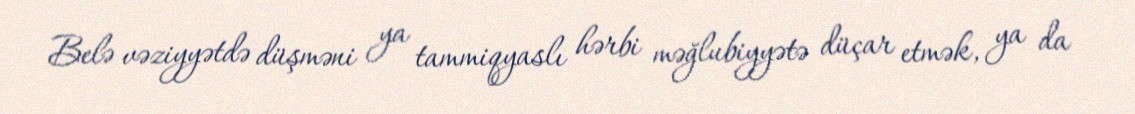
Belə vəziyyətdə düşməni ya tammiqyaslı hərbi məğlubiyyətə düçar etmək, ya da